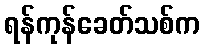
ရန်ကုန်ခေတ်သစ်က